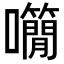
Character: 𡅌